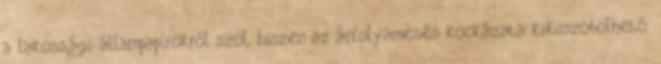
a lakossági állampapírokról szól, hiszen az árfolyamesés kockázata kiküszöbölhető.